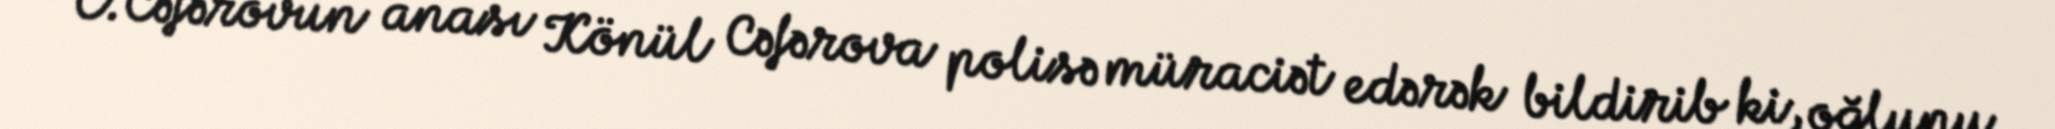
C.Cəfərovun anası Könül Cəfərova polisə müraciət edərək bildirib ki, oğlunu